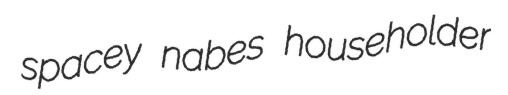
spacey nabes householder